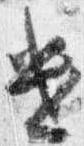
遣